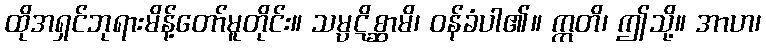
ထိုအရှင်ဘုရားမိန့်တော်မူတိုင်း။ သမ္ပဋိစ္ဆာမိ၊ ဝန်ခံပါ၏။ ဣတိ၊ ဤသို့။ အာဟ၊